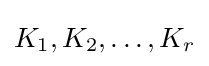
K_{1},K_{2},\dots ,K_{r}